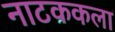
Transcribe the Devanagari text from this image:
नाटककला